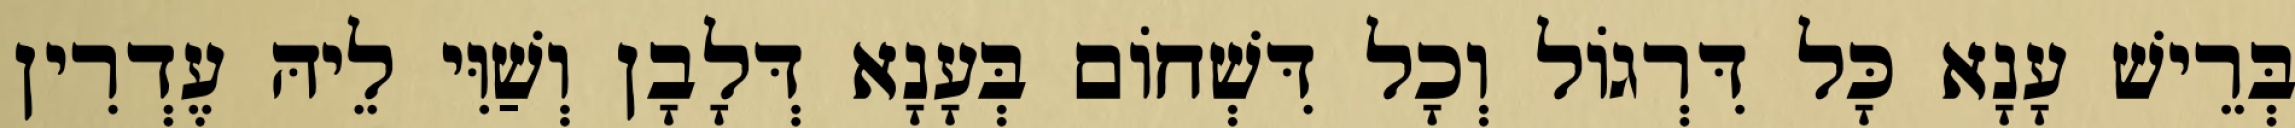
בְּרֵישׁ עָנָא כָּל דִּרְגוֹל וְכָל דִּשְׁחוֹם בְּעָנָא דְּלָבָן וְשַׁוִּי לֵיהּ עֶדְרִין